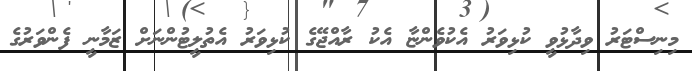
މިނިސްޓަރު ވިދާޅުވީ ކުޅިވަރު އެކުވެންޏާ އެކު ރާއްޖޭގެ ކުޅިވަރު އެތުލީޓުންނަށް ޒަމާނީ ފެންވަރުގެ